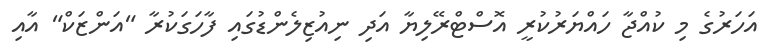
އަހަރުގެ މި ކުއްޖާ ހައްޔަރުކުރީ އޮސްޓްރޭލިޔާ އަދި ނިއުޒިލެންޑުގައި ފާހަގަކުރާ "އަންޒަކް" އާއި